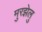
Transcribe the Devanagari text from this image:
मुरझेलु